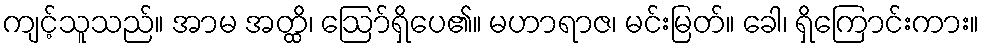
ကျင့်သူသည်။ အာမ အတ္ထိ၊ ဩော်ရှိပေ၏။ မဟာရာဇ၊ မင်းမြတ်။ ခေါ၊ ရှိကြောင်းကား။